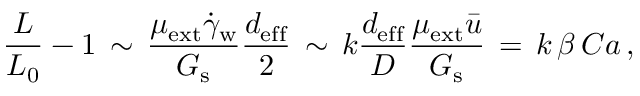
\frac { L } { L _ { 0 } } - 1 \, \sim \, \frac { \mu _ { \mathrm { e x t } } \dot { \gamma } _ { \mathrm { w } } } { G _ { \mathrm { s } } } \frac { d _ { \mathrm { e f f } } } { 2 } \, \sim \, k \frac { d _ { \mathrm { e f f } } } { D } \frac { \mu _ { \mathrm { e x t } } \bar { u } } { G _ { \mathrm { s } } } \, = \, k \, \beta \, C a \, ,